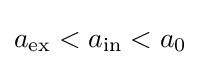
a_{\mathrm {ex} }<a_{\mathrm {in} }<a_{0}